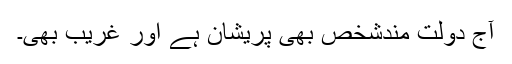
آج دولت مندشخص بھی پریشان ہے اور غریب بھی۔